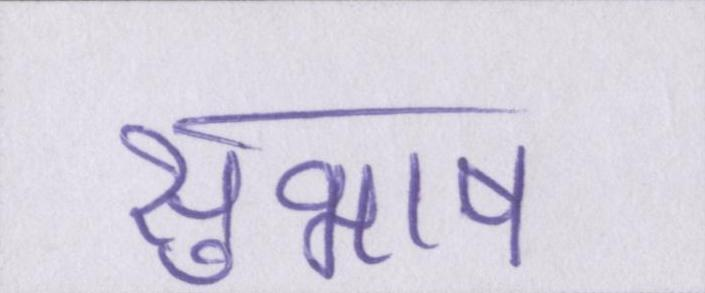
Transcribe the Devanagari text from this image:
सुभाष